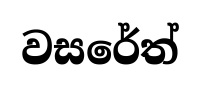
වසරේත්